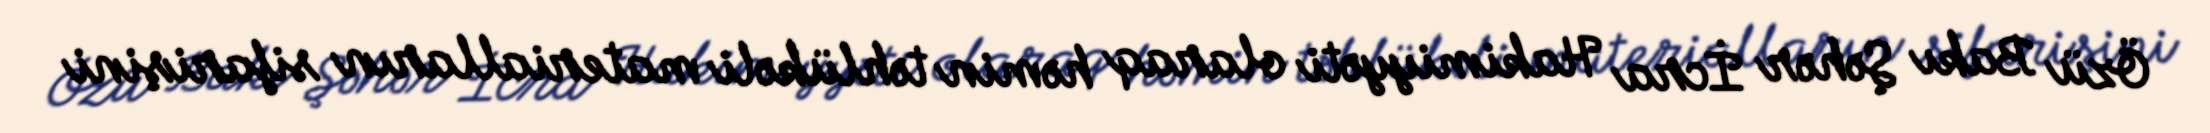
Özü Bakı Şəhər İcra Hakimiyyəti olaraq həmin təhlükəli materialların sifarişini